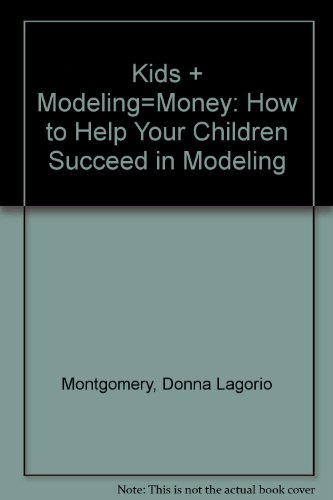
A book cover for Kids Plus Modeling Equal Money: How to Help Your Children Succeed in Modeling (Spectrum Book); Donna Lagorio Montgomery; Arts & Photography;